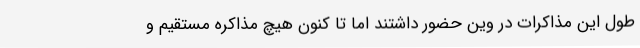
طول این مذاکرات در وین حضور داشتند اما تا کنون هیچ مذاکره مستقیم و